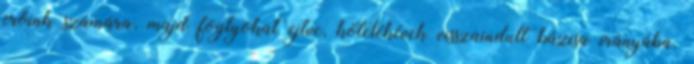
erőink számára, majd foglyokat ejtve, kötelékévek visszaindult bázisa irányába.